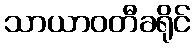
သာယာဝတီခရိုင်